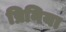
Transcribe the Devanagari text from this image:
प्रिनिया